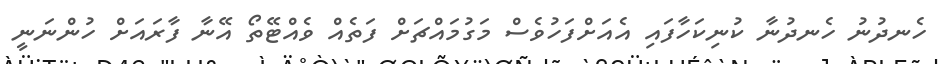
ހެނދުނު ހެނދުނާ ކުނިކަހާފައި އެއަށްފަހުވެސް މަގުމައްޗަށް ފަތެއް ވެއްޓޭތޯ އޭނާ ފާރައަށް ހުންނަނީ